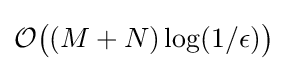
{\mathcal {O}}{\big (}(M+N)\log(1/\epsilon ){\big )}